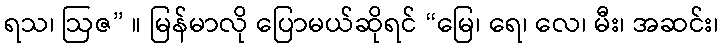
ရသ၊ ဩဇ” ။ မြန်မာလို ပြောမယ်ဆိုရင် “မြေ၊ ရေ၊ လေ၊ မီး၊ အဆင်း၊